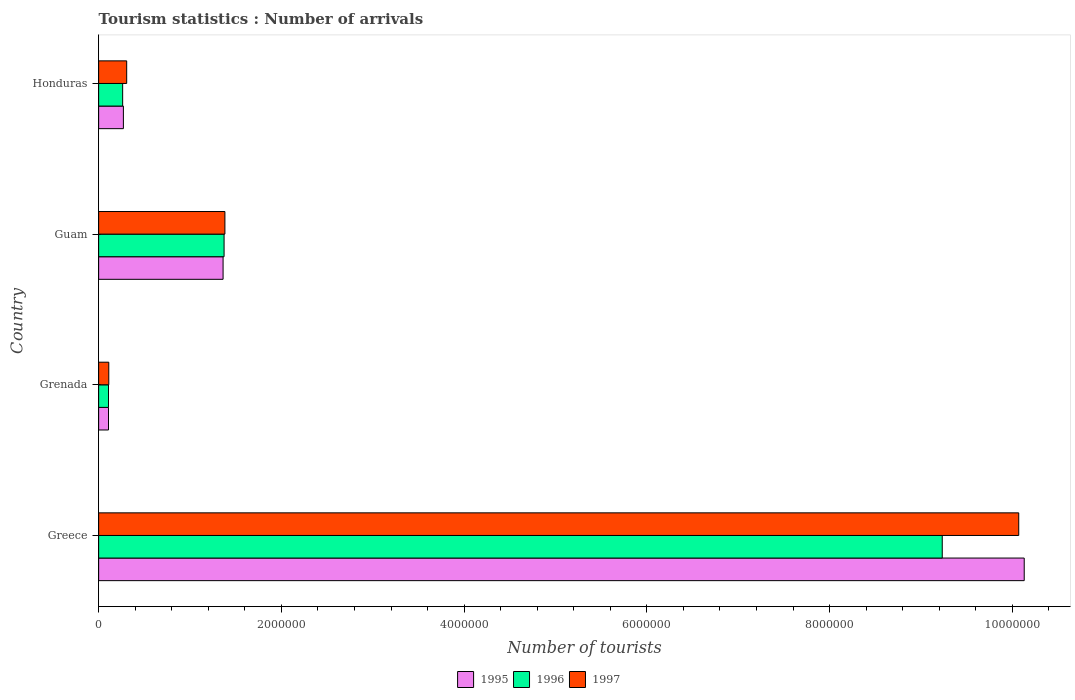
| Country | 1995 | 1996 | 1997 |
 | --- | --- | --- | --- |
 | Greece | 1.01e+07 | 9.23e+06 | 1.01e+07 |
 | Grenada | 1.08e+05 | 1.08e+05 | 1.11e+05 |
 | Guam | 1.36e+06 | 1.37e+06 | 1.38e+06 |
 | Honduras | 2.71e+05 | 2.63e+05 | 3.07e+05 |